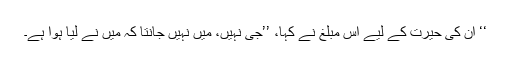
‘‘ اُن کی حیرت کے لیے اُس مبلغ نے کہا، ’’جی نہیں، میں نہیں جانتا کہ میں نے لیا ہوا ہے۔